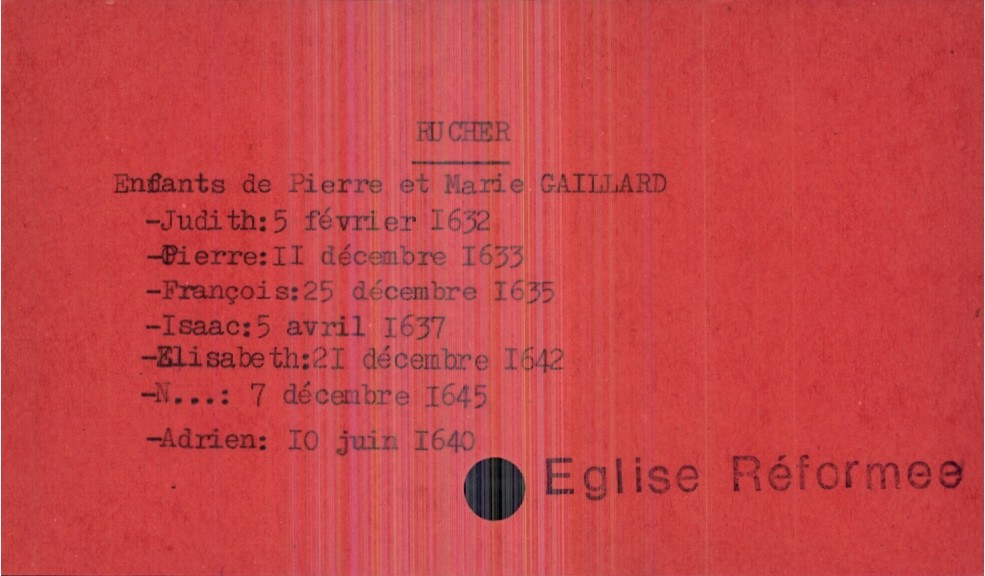
type_acte: Baptême
observations: Eglise Réformee
filiation: fils
enfant_prénom: Adrien
enfant_date_de_naissance: 10 juin 1640
père_enfant_nom: Rucher
père_enfant_prénom: Pierre
mère_enfant_nom: Gaillard
mère_enfant_prénom: Marie